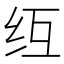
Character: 𫄚